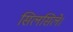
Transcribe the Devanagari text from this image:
सिलसिले।